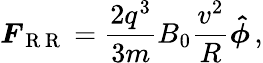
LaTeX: \boldsymbol{F}_{\mathrm{~R~R~}}=\frac{2q^{3}}{3m}B_{0}\frac{v^{2}}{R}\boldsymbol{\hat{\phi}}\, ,